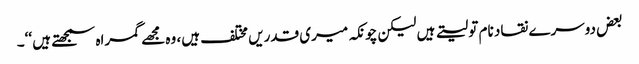
بعض دوسرے نقاد نام تو لیتے ہیں لیکن چونکہ میری قدریں مختلف ہیں، وہ مجھے گمراہ سمجھتے ہیں ‘‘۔